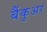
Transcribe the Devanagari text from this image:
बैंकुअर